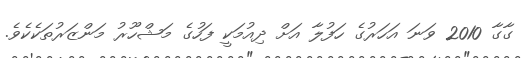
ގާގާ 2010 ވަނަ އަހަރުގެ ހަފުލާ އަށް ދިއުމަކީ ފަހުގެ މަޝްހޫރު މަންޒަރުތަކެކެވެ.